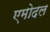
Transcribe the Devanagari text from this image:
एमोदल